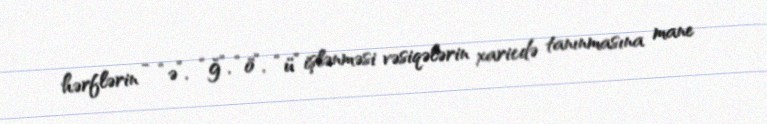
hərflərin - “ə”, “ğ”, “ö”, “ü” işlənməsi vəsiqələrin xaricdə tanınmasına mane